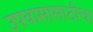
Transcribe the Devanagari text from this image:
उपवासासाठीचा